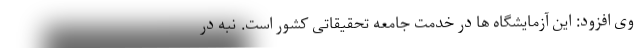
وی افزود: این آزمایشگاه ها در خدمت جامعه تحقیقاتی کشور است. نبه در